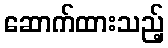
ဆောက်ထားသည့်